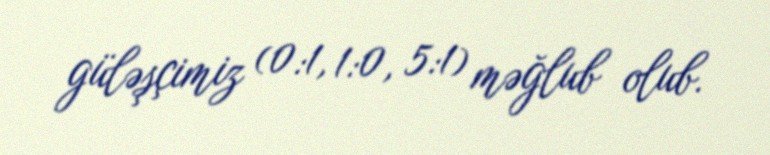
güləşçimiz (0:1, 1:0, 5:1) məğlub olub.